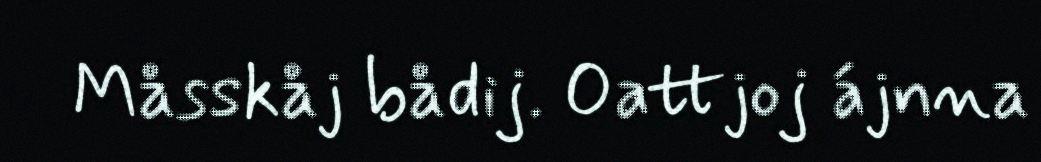
Måsskåj bådij. Oattjoj ájnna